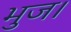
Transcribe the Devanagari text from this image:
भुज।